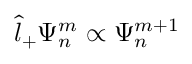
\hat { l } _ { + } \Psi _ { n } ^ { m } \propto \Psi _ { n } ^ { m + 1 }